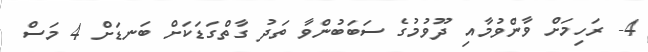
4- ރަހިމަށް ވާންވުމާއި ދޫވުމުގެ ސަބަބުންވާ ތަދު ގާތްގަޑަކަށް ބަނޑަށް 4 މަސް